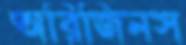
অরিজিনস